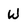
Character: W